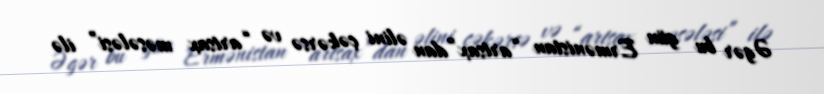
Əgər bu gün Ermənistan “artsax”dan əlini çəkərsə və “artsax məsələsi” ilə